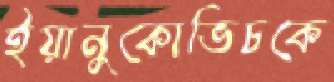
ইয়ানুকোভিচকে